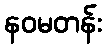
နဝမတန်း